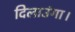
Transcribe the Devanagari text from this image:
दिलाउंगा।